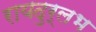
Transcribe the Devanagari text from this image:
रायदुर्लभ